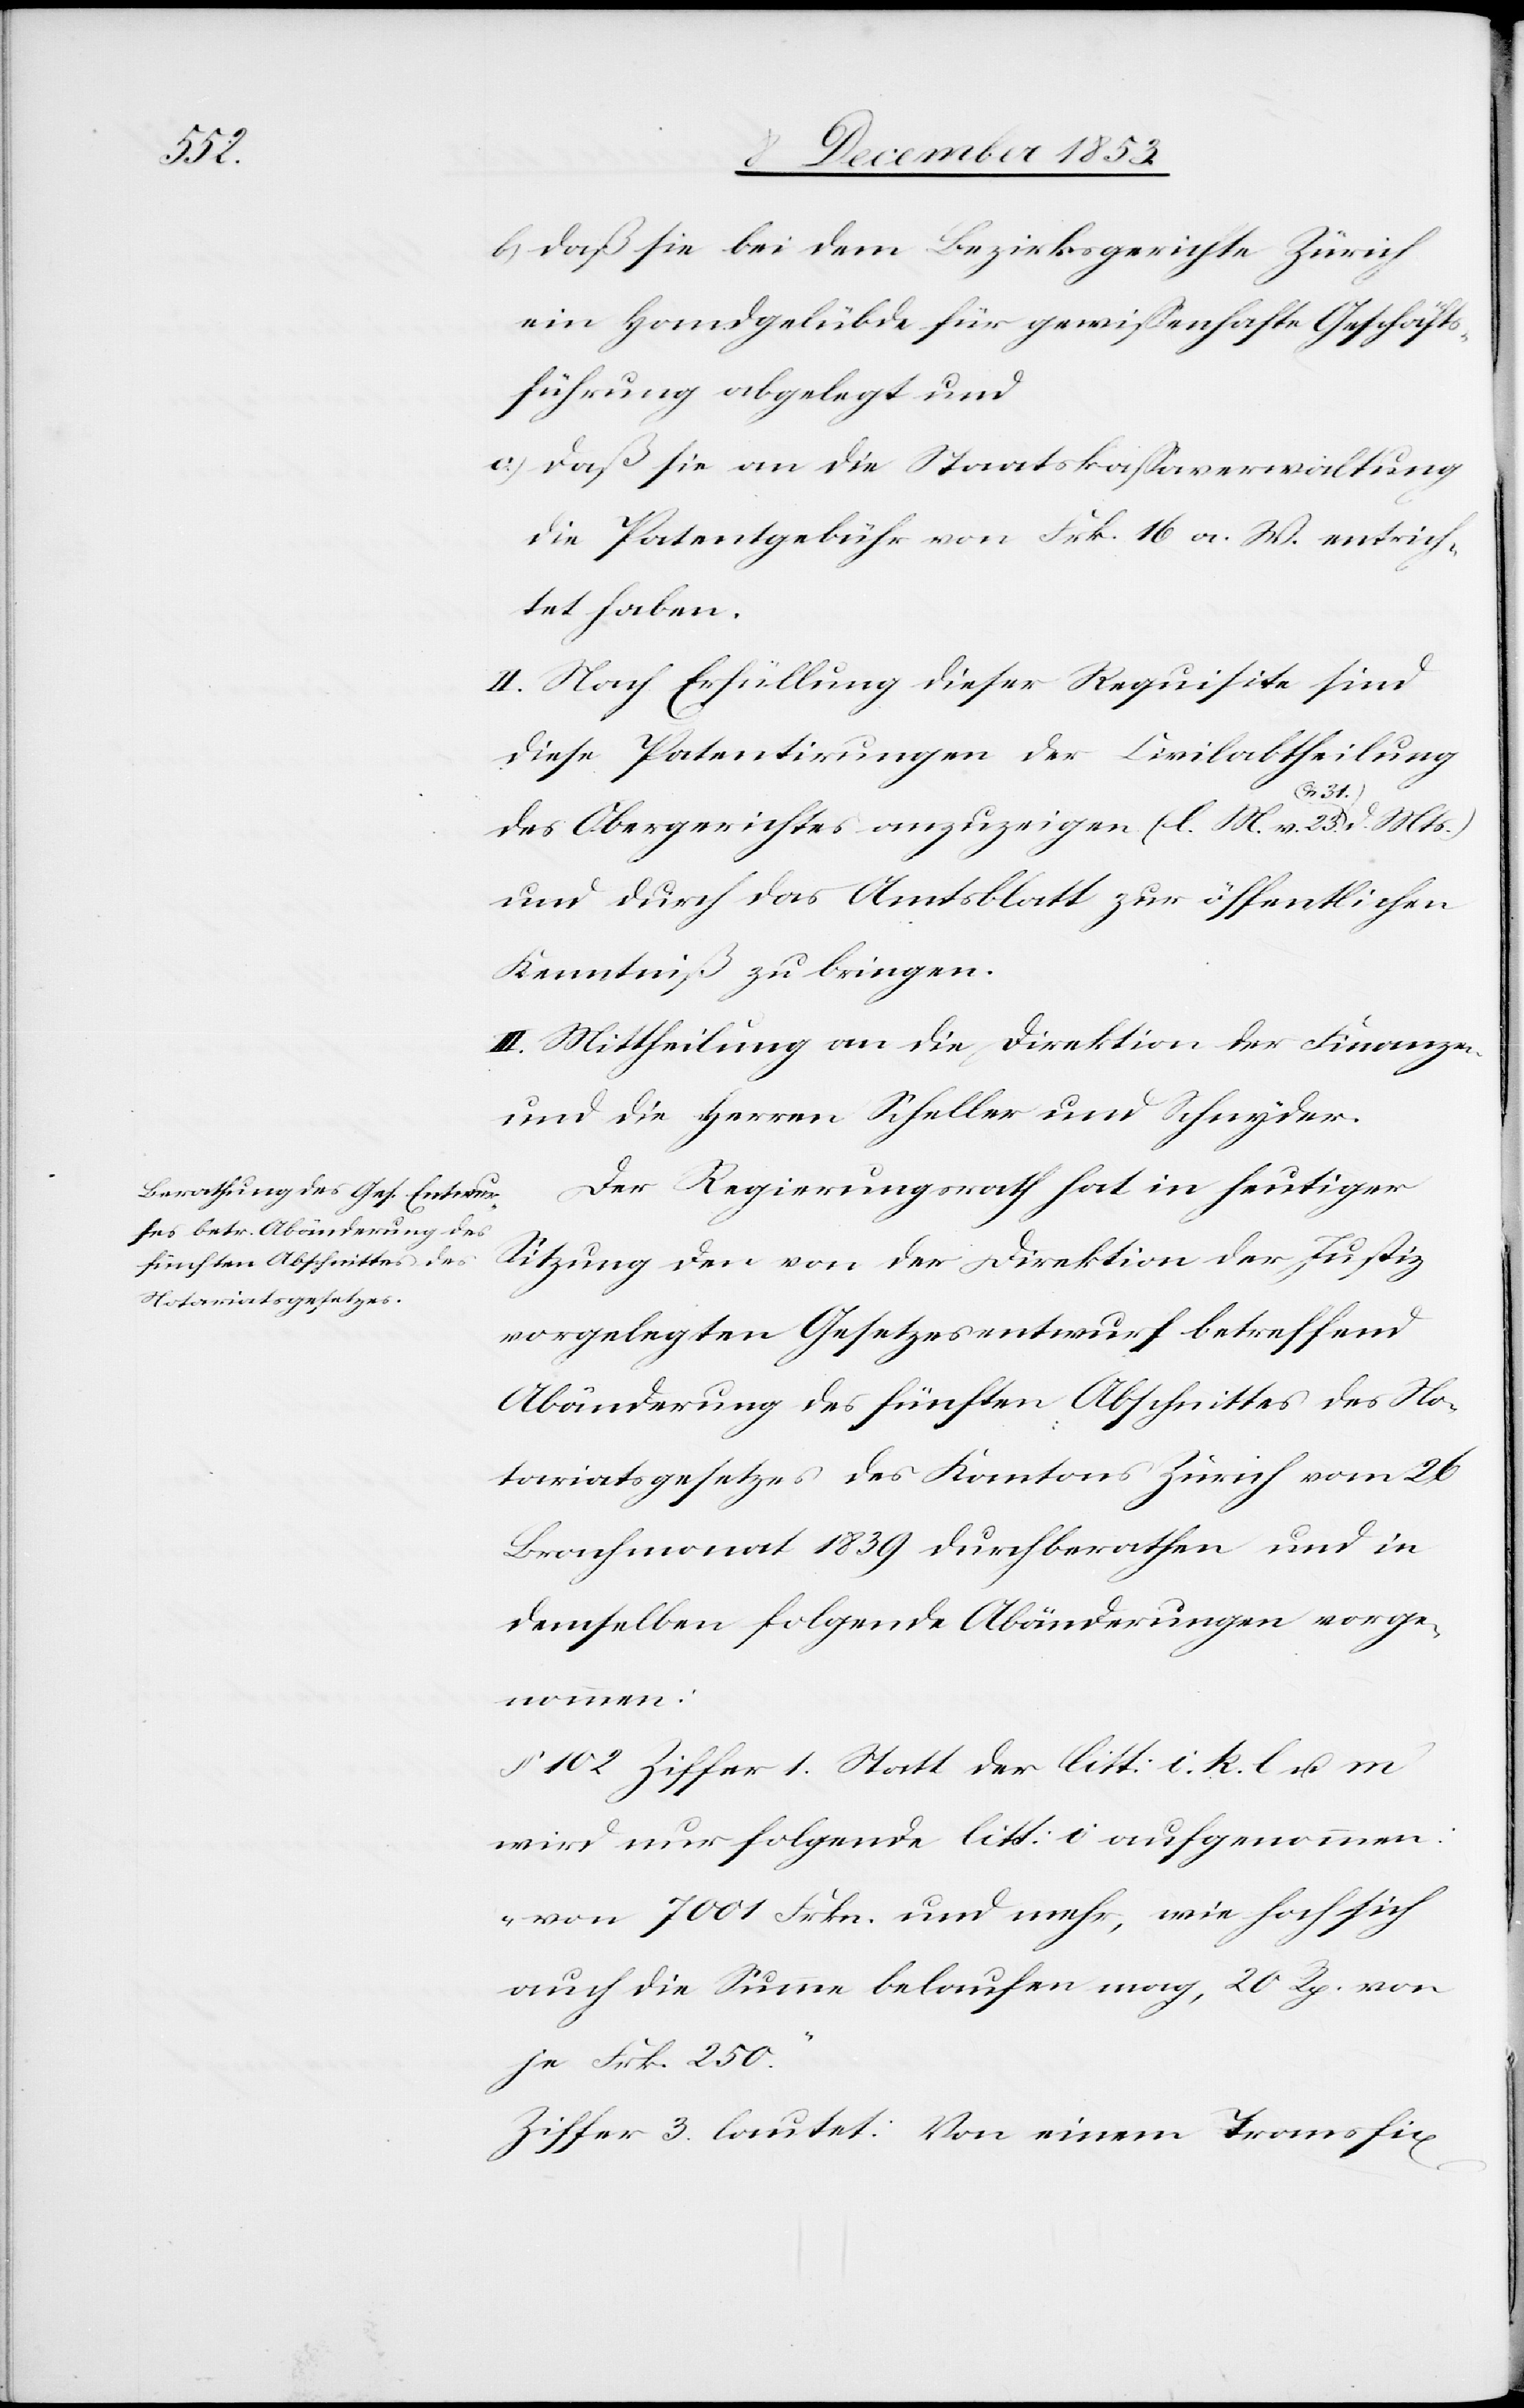
b) daß sie bei dem Bezirksgerichte Zürich
ein Handgelübde für gewißenhafte Geschäfts¬
führung abgelegt und
c) daß sie an die Staatskaßaverwaltung
die Patentgebühr von Frk. 16 a. W. entrich¬
tet haben.
II. Nach Erfüllung dieser Requisite sind
diese Patentirungen der Civilabtheilung
des Obergerichtes anzuzeigen. [l. M. v. 23 u. 31.
und durch das Amtsblatt zur öffentlichen
Kenntniß zu bringen.
III. Mittheilung an die Direktion der Finanzen
und die Herren Scheller und Schnyder.
Der Regierungrath hat in heutiger
Sitzung den von der Direktion der Justiz
vorgelegten Gesetzesentwurf betreffend
Abänderung des fünften Abschnittes des No¬
tariatsgesetzes des Kantons Zürich vom 26
Brachmonat 1839 durchberathen und in
dieselben folgende Abänderungen vorge¬
nommen:
§ 102 Ziffer 1. Statt der litt: i. k. l. u. m
wird nur folgende litt: i aufgenommen:
„von 7001 Frkn. und mehr, wie hoch sich
auch die Summe belaufen mag, 20 Rp. von
je Frk. 250.“
Ziffer 3. lautet: Von einem Transfix